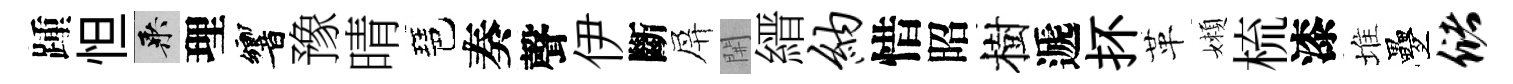
踵怛乘理響豫晴琶奏聲伊斷屏𨳩縉纳惜昭樹遞抔革嬾梳漆堆疊储